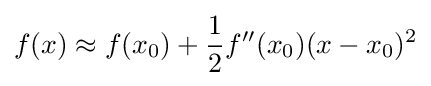
f(x)\approx f(x_{0})+{\frac {1}{2}}f''(x_{0})(x-x_{0})^{2}